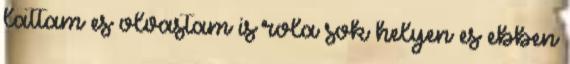
lattam es olvastam is rola sok helyen es ebben